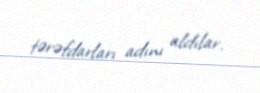
tərəfdarları adını aldılar.